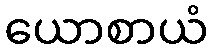
ယောစာယံ